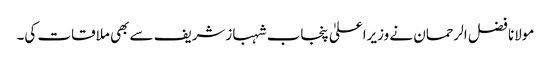
مولانا فضل الرحمان نے وزیراعلیٰ پنجاب شہبازشریف سے بھی ملاقات کی۔